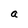
Character: a